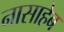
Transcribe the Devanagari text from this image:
नासाहेब